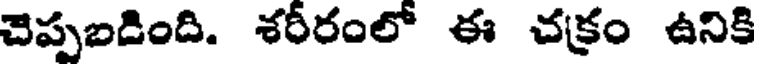
చెప్పబడింది. శరీరంలో ఈ చక్రం ఉనికి